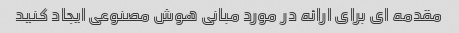
مقدمه ای برای ارائه در مورد مبانی هوش مصنوعی ایجاد کنید